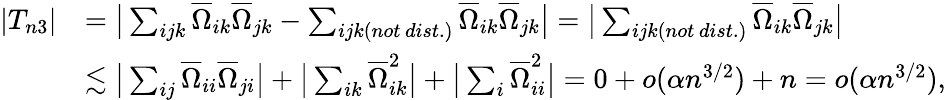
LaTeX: \begin{array}{rl}{|T_{n3}|}&{=\big|\sum_{ijk}\overline{{\Omega}}_{ik}\overline{{\Omega}}_{jk}-\sum_{ijk(not\, dist.)}\overline{{\Omega}}_{ik}\overline{{\Omega}}_{jk}\big|=\big|\sum_{ijk(not\, dist.)}\overline{{\Omega}}_{ik}\overline{{\Omega}}_{jk}\big|}\\ &{\lesssim\big|\sum_{ij}\overline{{\Omega}}_{ii}\overline{{\Omega}}_{ji}\big|+\big|\sum_{ik}\overline{{\Omega}}_{ik}^{2}\big|+\big|\sum_{i}\overline{{\Omega}}_{ii}^{2}\big|=0+o(\alpha n^{3/2})+n=o(\alpha n^{3/2}),}\end{array}